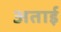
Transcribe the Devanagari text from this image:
अताई